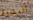
النشرة